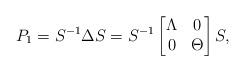
LaTeX: \begin{align*}P_1=S^{-1}\Delta S=S^{-1}\begin{bmatrix}\Lambda & 0 \\ 0 & \Theta \end{bmatrix}S,\end{align*}